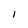
Character: I